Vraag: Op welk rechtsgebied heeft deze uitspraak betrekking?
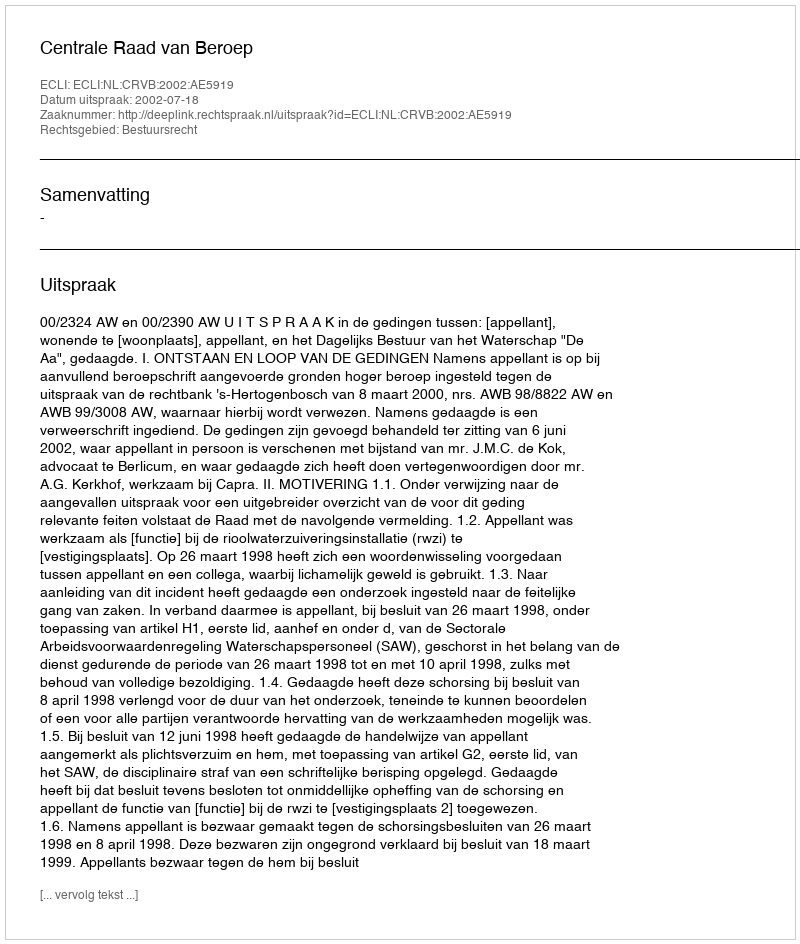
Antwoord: Bestuursrecht